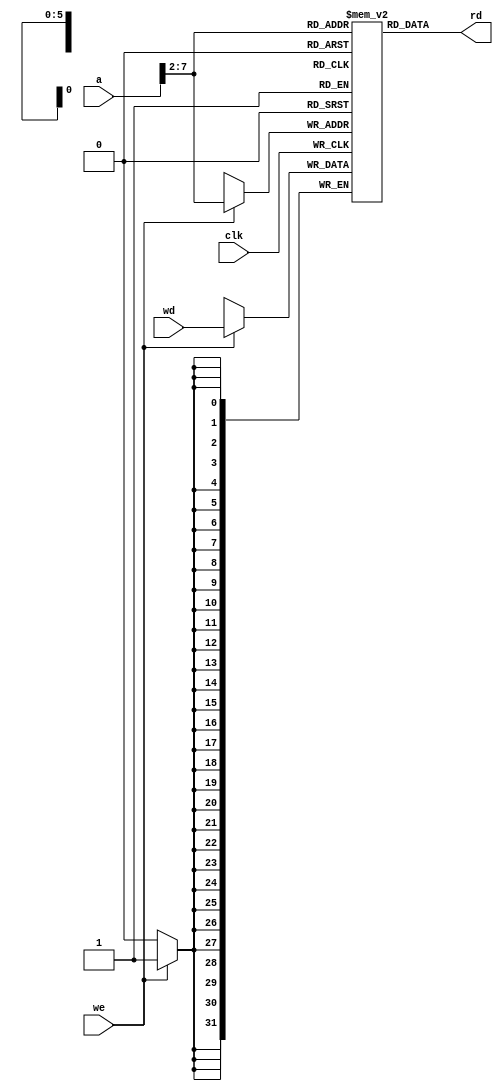
module dmem(input  wire        clk, we,
            input  wire [31:0] a, wd,
            output wire [31:0] rd);

  reg [31:0] RAM[63:0];

  assign rd = RAM[a[31:2]]; // word aligned

  always @(posedge clk)
    if (we)
      RAM[a[31:2]] <= wd;
endmodule

module imem(input  [5:0]  a,
            output [31:0] rd);

  wire [31:0] RAM[63:0];

  initial
    begin
      $readmemh("memfile.dat",RAM); // initialize memory
    end

  assign rd = RAM[a]; // word aligned
endmodule